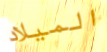
الميلاد